Lunatic asylums Punjab 1881-1894 - 1881-1894
Year: 1881
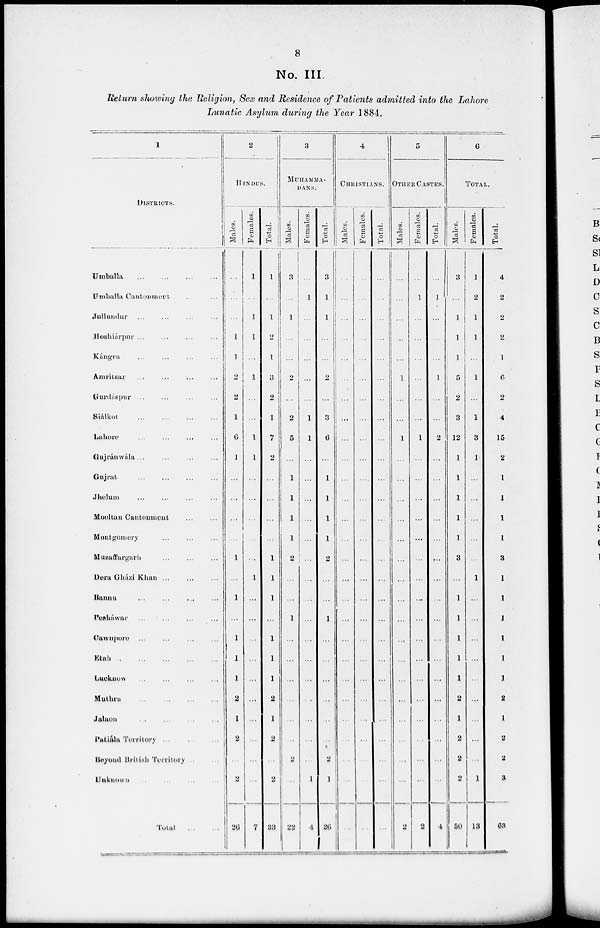
8
No. III.
Return showing the Religion, Sex and Residence of Patients admitted into the Lahore
Lunatic Asylum during the Year 1884.
1
DISTRICTS.
Umballa ... ... ... ...
Umballa Cantonmert ... ...
Jullundur ... ... ... ...
Hoshiárpur ... ... ... ...
Kángra ... ... ... ...
Amritsar ... ... ... ...
Gurdáspur ... ... ... ...
Siálkot
...
...
...
...
Lahore ... ... ... ...
Gujránwála ... ... ... ...
Gujrat
...
...
...
...
Jhelum
...
...
...
...
Mooltan Cantonment
...
...
Montgomery
...
...
...
Muzaffargarh
...
...
...
Dera Gházi Khan
...
...
...
Bannu
...
...
...
...
Pesháwar ...
...
...
...
Cawnpore
...
...
...
...
Etah
...
...
...
...
...
Lucknow
...
...
...
...
Muthra
...
...
...
...
Jalaon
...
...
...
...
Patiála Territory
...
...
...
Beyond British Territory ... ...
Unknown
...
...
...
...
Total
...
...
2
HINDUS.
Males.
...
...
...
1
1
2
2
1
6
1
...
...
...
...
1
...
1
...
1
1
1
2
1
2
...
2
20
Females.
1
...
1
1
...
1
...
...
1
1
...
...
...
...
...
1
...
...
...
...
...
...
...
...
...
...
1
Total.
1
...
1
2
1
3
2
1
7
2
...
...
...
...
1
1
1
...
1
1
1
2
1
2
...
2
33
3
MUHAMMA-
DANS.
Males.
3
...
1
...
...
2
...
2
5
...
1
1
1
1
2
...
...
1
...
...
...
...
...
...
2
...
22
Females.
...
1
...
...
...
...
...
1
1
...
...
...
...
...
...
...
...
...
...
...
...
...
...
...
...
1
4
Total.
3
1
1
...
...
2
...
3
6
...
1
1
1
1
2
...
...
1
...
...
...
...
...
...
2
1
20
4
CHRISTIANS.
Males.
...
...
...
...
...
...
...
...
...
...
...
...
...
...
...
...
...
...
...
...
...
...
...
...
...
...
...
Females.
...
...
...
...
...
...
...
...
...
...
...
...
...
...
...
...
...
...
...
...
...
...
...
...
...
...
...
Total.
...
...
...
...
...
...
...
...
...
...
...
...
...
...
...
...
...
...
...
...
...
...
...
...
...
...
...
5
OTHER CASTES.
Males.
...
...
...
...
...
1
...
...
1
...
...
...
...
...
...
...
...
...
...
...
...
...
...
...
...
...
2
Females.
...
1
...
...
...
...
...
...
1
...
...
...
...
...
...
...
...
...
...
...
...
...
...
...
...
...
2
Total.
...
1
...
...
...
1
...
...
2
...
...
...
...
...
...
...
...
...
...
...
...
...
...
...
...
...
4
6
TOTAL.
Males.
3
...
1
1
1
5
2
3
12
1
1
1
1
1
3
...
1
1
1
1
1
2
1
2
2
2
60
Females.
1
2
1
1
...
1
...
1
3
1
...
...
...
...
...
1
...
...
...
...
...
...
...
...
...
1
13
Total.
4
2
2
2
1
6
2
4
15
2
1
1
1
1
3
1
1
1
1
1
1
2
1
2
2
3
68